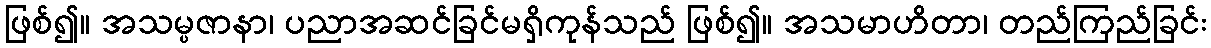
ဖြစ်၍။ အသမ္ပဇာနာ၊ ပညာအဆင်ခြင်မရှိကုန်သည် ဖြစ်၍။ အသမာဟိတာ၊ တည်ကြည်ခြင်း